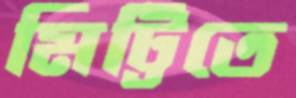
মিট্টিতে